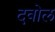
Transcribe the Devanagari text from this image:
दवोल